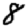
Digit: 8